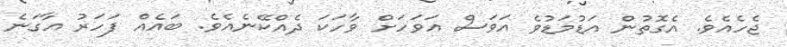
ޖެހެއެވެ. އެގޮތުން އަޑުމަޑުވެ އަވަސް އަވަހަށް ވާހަކަ ދެއްކޭނެއެވެ. ބައެއް ފަހަރު އާގަނެ